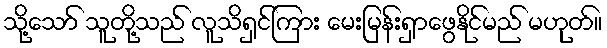
သို့သော် သူတို့သည် လူသိရှင်ကြား မေးမြန်းရှာဖွေနိုင်မည် မဟုတ်။